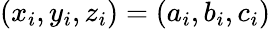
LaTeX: (x_{i},y_{i},z_{i})=(a_{i},b_{i},c_{i})